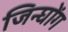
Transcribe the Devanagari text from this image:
जिन्घोंग